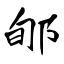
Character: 郇